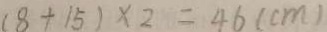
( 8 + 1 5 ) \times 2 = 4 6 ( c m )